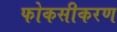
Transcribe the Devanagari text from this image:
फोकसीकरण